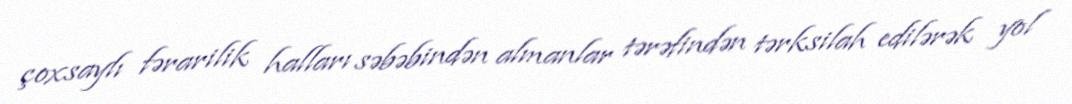
çoxsaylı fərarilik halları səbəbindən almanlar tərəfindən tərksilah edilərək yol